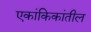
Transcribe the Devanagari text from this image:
एकांकिकांतील